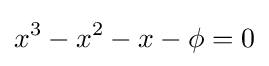
x^{3}-x^{2}-x-\phi =0